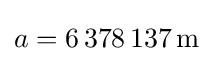
a=6\,378\,137\,\mathrm {m}